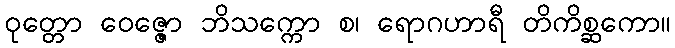
ဝုတ္တော ဝေဇ္ဇော ဘိသက္ကော စ၊ ရောဂဟာရီ တိကိစ္ဆကော။